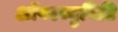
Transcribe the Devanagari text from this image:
ऑपरच्युनिटि